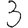
Digit: 3